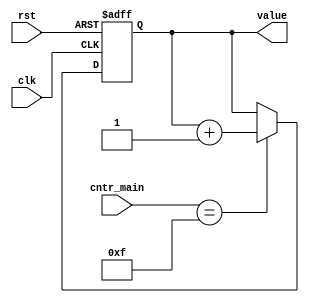
module val
(
	input clk,rst,
	
	input [3:0] cntr_main,
	
	output reg [3:0] value	
);

always@(posedge clk or posedge rst)
begin
	if(rst==1'b1)
		value<=4'd0;
	else if(cntr_main==4'd15)
		value<=value+4'd1;
	else
		value<=value;
end

endmodule